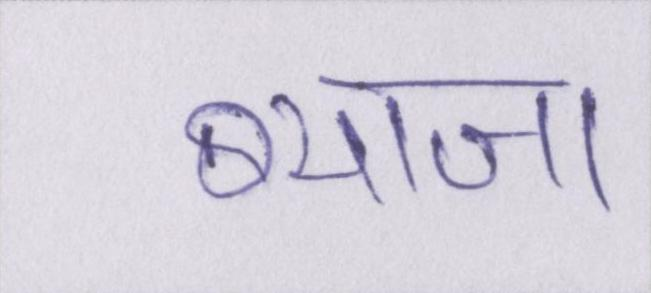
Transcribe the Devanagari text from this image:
ब्याज